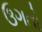
ઉગતો